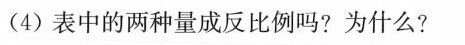
(4)表中的两种量成反比例吗?为什么?